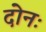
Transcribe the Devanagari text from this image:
दोनः